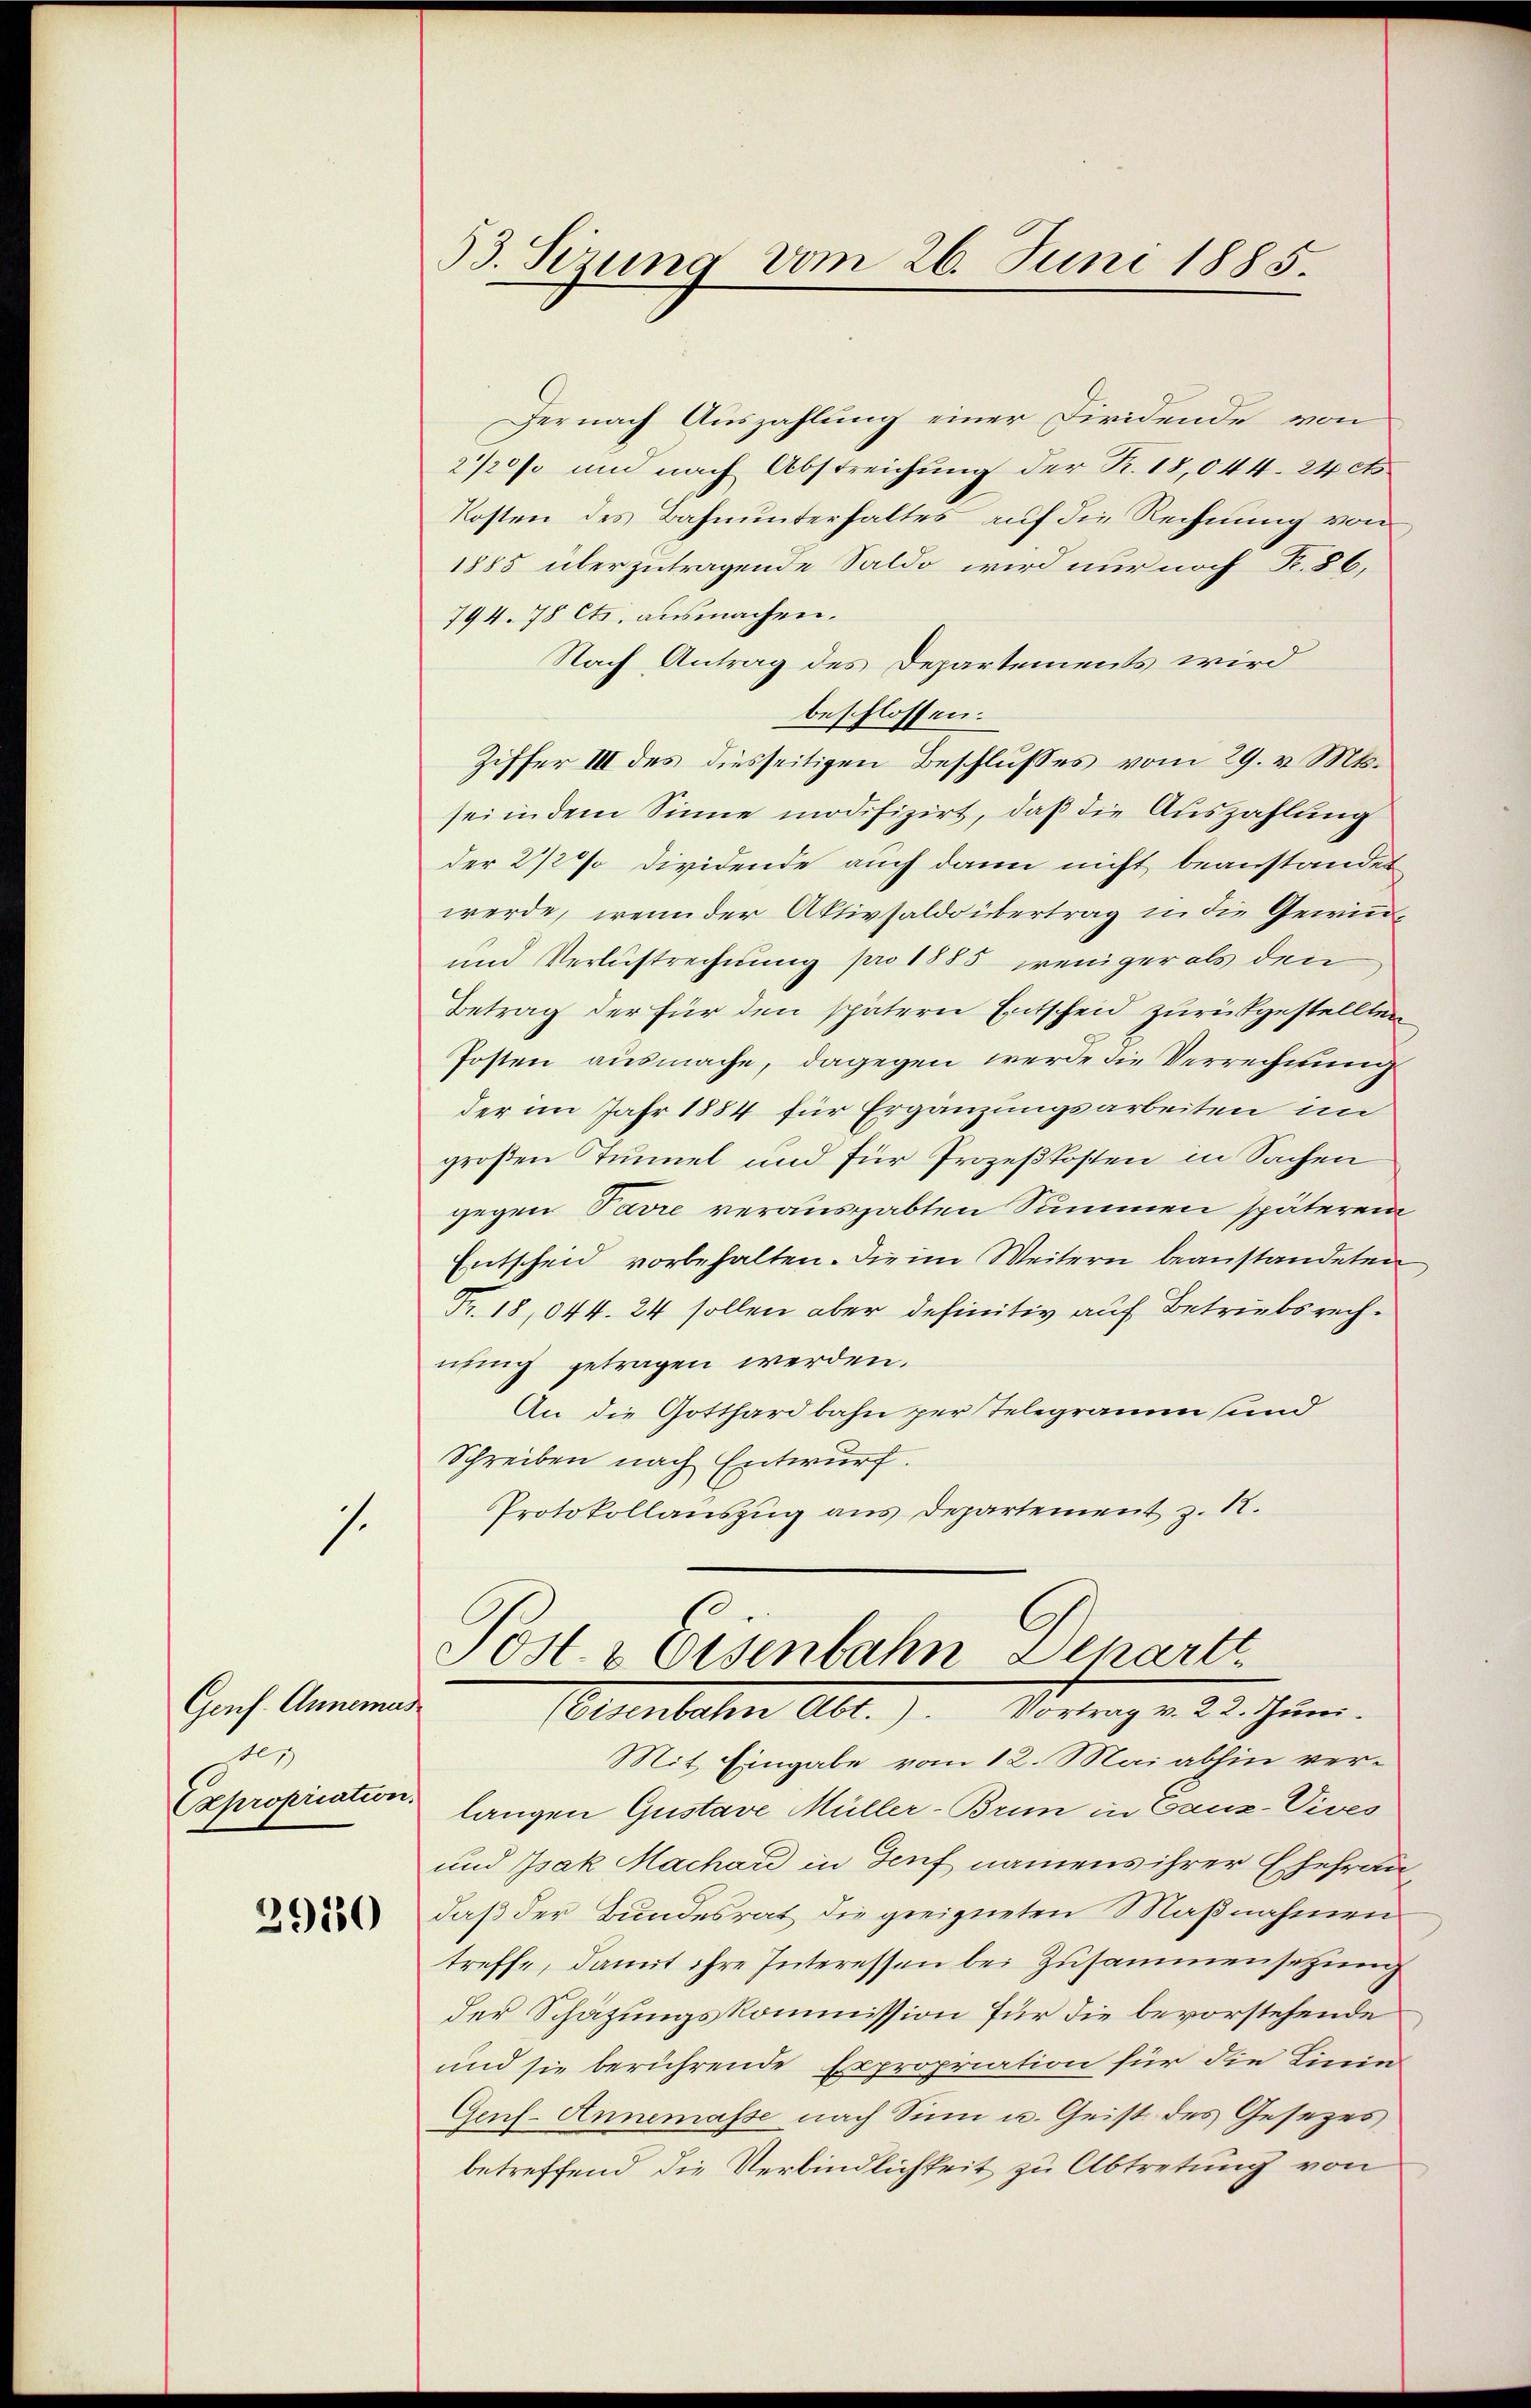
1.

Gens. Anneman
er
Expropication.

2910

her nach Auszahlung einer Firidende von
2/20% und nach Abstreichung der R. 18,044. 24 ct
Kosten des Bahnunterhaltes auf die Rechnung von
1885 überzutragende Saldo wird nur noch Fr. 86,
794. 78 Cts. ausmachen.
Nach Antrag des Departements wird
beschlossen:
Ziffer III des diesseitigen Beschlusses vom 29. v. Mts.
sei in dem Sinne modifizirt, daß die Auszahlung
der 2 1/2% dividende auch dann nicht beanstandet
werde, wenn der Aktivsaldo übertrag in die Gewin¬
und Verlustrechnung pro 1885 weniger als den
Betrag der für den spätern Entscheid zurückgestellten
Posten ausmache, dagegen werde die Verrechnung
der im Jahr 1884 für Ergänzungsarbeiten im
großen Tunnel und für Prozeßkosten in Sachen
gegen Pavre verausgabten Summen späteren
Entscheid vorbehalten. Die im Weitern beanstandeten
Fr. 18,044. 24 sollen aber definitiv auf Betriebsrechnung getragen werden.
An die Gotthardbahn per Telegramm sind
Schreiben nach Entwurf.
Protokollauszug aus Departement z. R.

53. Sizung vom 26. Juni 1885.

Postl. v Eisenbahn Denarti
(Eisenbahn Abt.). Vortrag v. 22. Juni.

Mit Eingabe vom 12. Mai abhin verlangen Gustave Müller-Brun in Canz-Vives
und Isak Machard in Genf namens ihrer Ehefrau
daß der Bundesrat die geeigneten Maßnahmen
treffe, damit ihre Interessen bei Zusammensetzung
der Schätzungskommission für die bevorstehende
und sie berührende Expropriation für die Linie
Gens- Annemasse nach Sinn u. Geist des Gesezes
betreffend die Verbindlichkeit zu Abtretung von